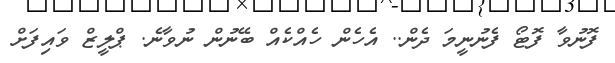
ފޮނުވާ ފޮޓޯ ފެނުނީމަ ދެން.. އެހެން ހެއްކެއް ބޭނުން ނުވާނެ. ޕްލީޒް ވައިފަށް